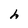
Character: h